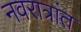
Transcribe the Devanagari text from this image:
नवरात्रांत